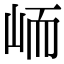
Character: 峏